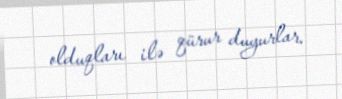
olduqları ilə qürur duyurlar.